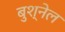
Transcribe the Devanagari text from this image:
बुश्नेल